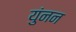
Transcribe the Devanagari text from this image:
युंनन